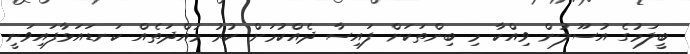
ބީލަމުގެ އުސޫލުން ވިއްކާ މި ބިންތަކަށް ފައިސާ ދެއްކުމަށް ކުރު މުއްދަތެއް ކަނޑައަޅާފައިވަނީ